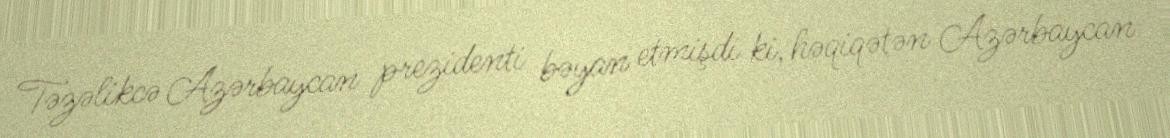
Təzəlikcə Azərbaycan prezidenti bəyan etmişdi ki, həqiqətən Azərbaycan